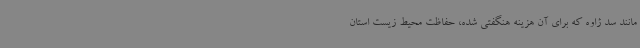
مانند سد ژاوه که برای آن هزینه هنگفتی شده، حفاظت محیط زیست استان